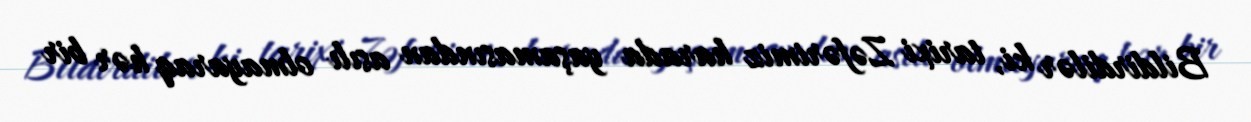
Bildirdilər ki, tarixi Zəfərimiz harada yaşamasından asılı olmayaraq hər bir